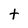
Character: t